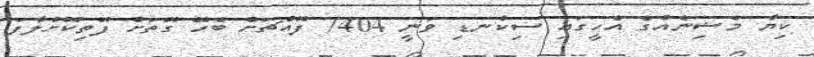
ކިޔާ މެޝިނެއްގެ އެހީގައި ސިކުނޑި ވަނީ 7404 ފޮއްޗަށް ބެހޭ ގޮތަށް ފޮތިކޮށްލާފަ